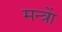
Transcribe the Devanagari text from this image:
मन्त्राें